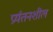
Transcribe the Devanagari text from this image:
प्रर्यतनशील